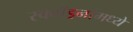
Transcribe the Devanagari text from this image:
स्क्वॉड्रनांमध्ये